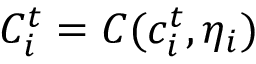
C _ { i } ^ { t } = C ( c _ { i } ^ { t } , \eta _ { i } )